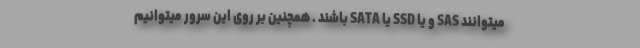
میتوانند SAS و یا SSD یا SATA باشند . همچنین بر روی این سرور میتوانیم